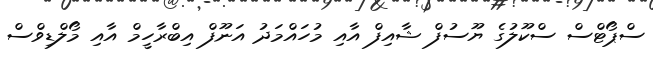
ސްޕޯޓްސް ސްކޫލުގެ ޔޫސުފް ޝާއިފް އާއި މުހައްމަދު އަނޫފް އިބްރާހީމް އާއި މޯލްޑިވްސް